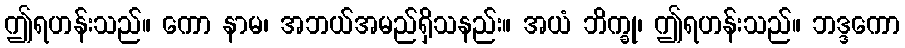
ဤရဟန်းသည်။ ကော နာမ၊ အဘယ်အမည်ရှိသနည်း။ အယံ ဘိက္ခု၊ ဤရဟန်းသည်။ ဘဒ္ဒကော